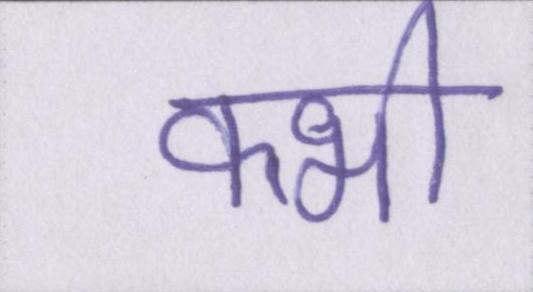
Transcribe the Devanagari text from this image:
क्भी